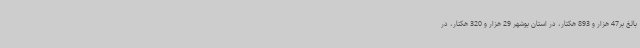
بالغ بر47 هزار و 893 هکتار، در استان بوشهر 29 هزار و 320 هکتار، در